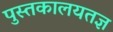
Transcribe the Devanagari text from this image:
पुस्तकालयतज्ञ